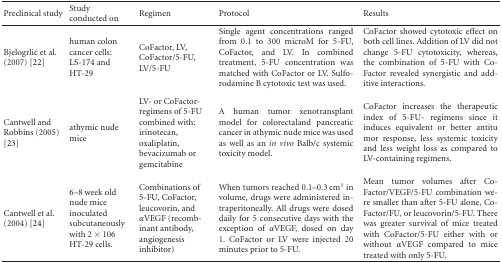
<table><thead><tr><td><b>Preclinical study</b></td><td><b>Study conducted on</b></td><td><b>Regimen</b></td><td><b>Protocol</b></td><td><b>Results</b></td></tr></thead><tbody><tr><td>Bjelogrlić et al. (2007) [22]</td><td>human colon cancer cells:LS-174 and HT-29</td><td>CoFactor, LV, CoFactor/5-FU, LV/5-FU</td><td>Single agent concentrations ranged from 0.1 to 300 microM for 5-FU, CoFactor, and LV. In combined treatment, 5-FU concentration was matched with CoFactor or LV. Sulforodamine B cytotoxic test was used.</td><td>CoFactor showed cytotoxic effect on both cell lines. Addition of LV did not change 5-FU cytotoxicity, whereas, the combination of 5-FU with Co-Factor revealed synergistic and add-itive interactions.</td></tr><tr><td>Cantwell and Robbins (2005) [23]</td><td>athymic nude mice</td><td>LV- or CoFactor-regimens of 5-FU combined with: irinotecan, oxaliplatin, bevacizumab or gemcitabine</td><td>A human tumor xenotransplant model for colorectaland pancreatic cancer in athymic nude mice was used as well as an <i>in vivo</i> Balb/c systemic toxicity model.</td><td>CoFactor increases the therapeutic index of 5-FU- regimens since it induces equivalent or better antitumor response, less systemic toxicity and less weight loss as compared to LV-containing regimens.</td></tr><tr><td>Cantwell et al. (2004) [24]</td><td>6–8 week old nude mice inoculatedsubcutaneously with 2 × 106 HT-29 cells.</td><td>Combinations of 5-FU, CoFactor, leucovorin, and <i>α</i>VEGF (recomb-inant antibody, angiogenesis inhibitor)</td><td>When tumors reached 0.1–0.3 cm<sup>3</sup> in volume, drugs were administered intraperitoneally. All drugs were dosed daily for 5 consecutive days with the exception of <i>α</i>VEGF, dosed on day 1. CoFactor or LV were injected 20 minutes prior to 5-FU.</td><td>Mean tumor volumes after Co-Factor/VEGF/5-FU combination we-re smaller than after 5-FU alone, CoFactor/FU, or leucovorin/5-FU. There was greater survival of mice treated with CoFactor/5-FU either with or without <i>α</i>VEGF compared to mice treated with only 5-FU.</td></tr></tbody></table>